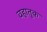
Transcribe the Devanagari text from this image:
वहातूक